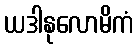
ယဒါနုလောမိကံ